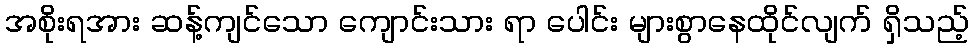
အစိုးရအား ဆန့်ကျင်သော ကျောင်းသား ရာ ပေါင်း များစွာနေထိုင်လျက် ရှိသည့်